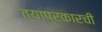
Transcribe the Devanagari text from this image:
त्याप्रकारची